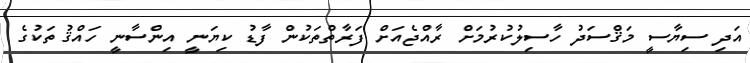
އަދި ސިޔާސީ މަޤްސަދު ހާސިލުކުރުމަށް ރާއްޖެއަށް ފަރާތްތަކުން ފާޑު ކިޔަނީ އިންސާނީ ހައްޤުތަކުގެ